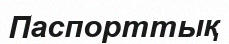
Паспорттық